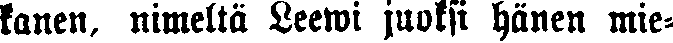
kanen, nimeltä Leewi juoksi hänen mie-